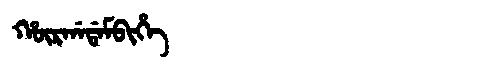
Manchu: ᡥᡡᡵᡤᠠᡩᠠᠮᠪᡳᡥᡝ
Romanization: HŪRGADAMBIHE